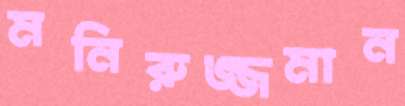
মনিরুজ্জমান